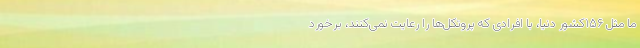
ما مثل ۱۵۶کشور دنیا، با افرادی که پروتکل‌ها را رعایت نمی‌کنند، برخورد